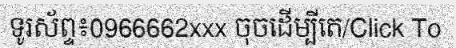
ទូរស័ព្ទ៖0966662xxx ចុចដើម្បីតេ/Click To